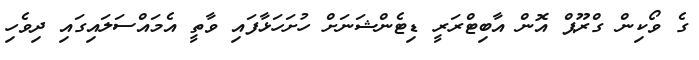
ގެ ވޯކިން ގްރޫޕް އޮން އާބިޓްރަރީ ޑިޓެންޝަނަށް ހުށަހަޅާފައި ވާތީ އެމައްސަލައިގައި ދިވެހި